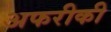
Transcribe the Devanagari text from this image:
अफरीकी